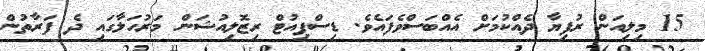
15 މިލިއަން ރުފިޔާ ދެއްކުމަށް އެއްބަސްވެފައެވެ. ޑިސްޕިއުޓް ރިޒޮލިއުޝަން މަރުހަލާގައި ދެ ފަރާތުން